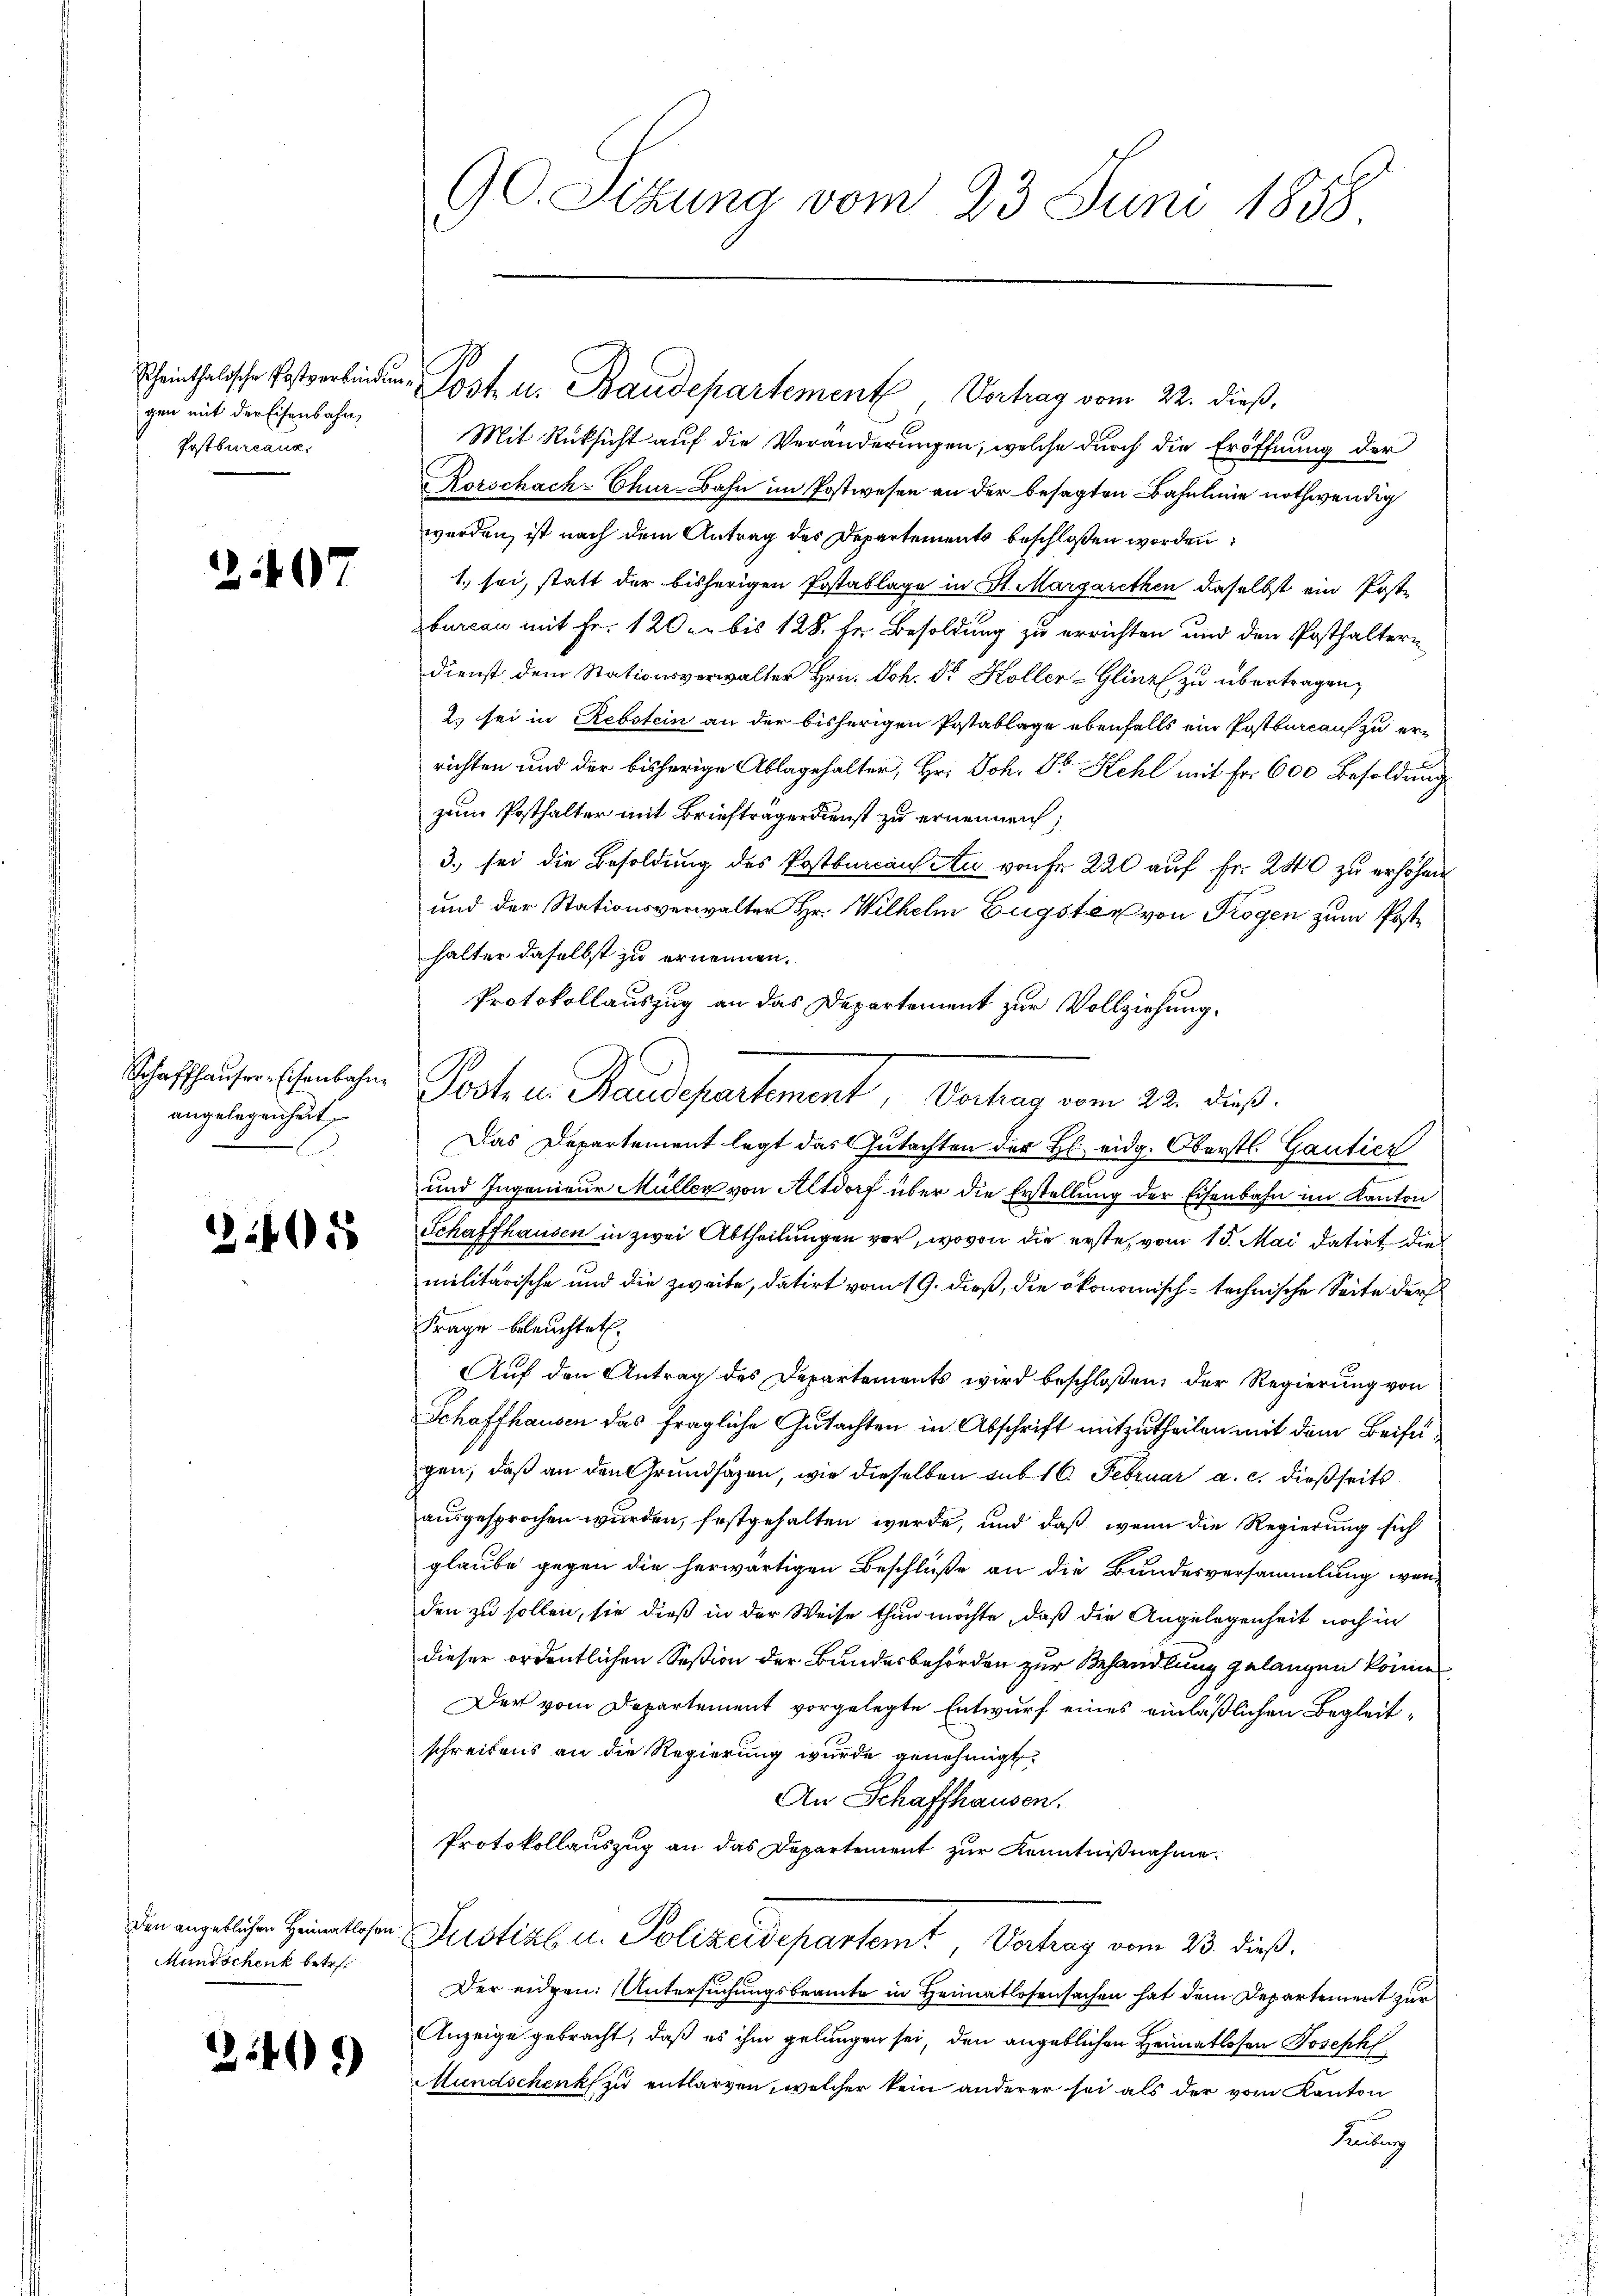
gen mit der Eisenbahn,
Postbureaux,

2407

angelegenheit
x

245

Mundschenk betr.

349

Mit Rücksicht auf die Veränderungen, welche durch die Eröffnung der
Korschach-Chur-Bahn im Postwesen an der besagten Bahnlinie nothwendig
werden, ist nach dem Antrag des Departements beschloßen worden:
1. sei, statt der bisherigen Postablage in St. Margarethen daselbst ein Poste
burcan mit Fr. 120 er bis 128. Fr. Besoldung zu errichten und den Posthaltern
dienst dem Stationsverwalter Hrn. Joh. Dr Koller-Glinz zu übertragen,
2.) sei in Rebstein an der bisherigen Postablage ebenfalls ein Postbureau zu errichten und der bisherige Ablagehalter, Hr. Joh. Fr. Hehl mit Fr. 600 Besoldung
zum Posthalter mit Briefträgerdienst zu ernennen;
3. sei die Besoldung des Postbureaus Au von Fr. 220 auf Fr. 240 zu erhöhen,
und der Stationsverwalter Hr. Wilhelm Eugster von Trogen zum Posthalter daselbst zu ernennen.
Protokollauszug an das Departement zur Vollziehung.
Schaffhauser schenlicher Posts in Baudepartement, Vorhan vom 22. dieß.
Das Departement legt das Gutachten der H. eidg. Oberstl. Gantier
und Ingenieur Müller von Altdorf über die Erstellung der Eisenbahn im Kanton
Schaffhausen in zwei Abtheilungen vor, wovon die erste, vom 15. Mai datirt die
militärische und die zweite, datirt vom 19. dieß, die ökonomisch-technische Seite der
Frage beleuchtet.
Auf den Antrag des Departements wird beschloßen, der Regierung von
Schaffhausen das fragliche Gutachten in Abschrift mitzutheilen mit dem Beifügen, daß an den Grundsäzen, wie dieselben aus 16. Februar a. c. dießseits
ausgesprochen wurden, festgehalten werde, und daß wenn die Regierung sich
glaube gegen die herwärtigen Beschlüße an die Bundesversammlung wenden zu sollen, sie dieß in der Weise thun möchte, daß die Angelegenheit noch in
dieser ordentlichen Seßion der Bundesbehörden zur Behandlung gelangen können.
Der vom Departement vorgelegte Entwurf eines einläßlichen Begleitschreibens an die Regierung wurde genehmigt.
An Schaffhausen.
Protokollauszug an das Departement zur Kenntnißnahme.
den angeblichen Heimatlosen Leistik u. Polizeidepartemt, Vortrag vom 23. dieß.
Der eidgen: Untersuchungsbeamte in Heimatlosensachen hat dem Departement zur
Anzeige gebracht, daß es ihm gelungen sei, den angeblichen Heimatlosen Joseph
Mundschenk zu entlarven, welcher kein anderer sei als der vom Kanton
Kubung

90. Sitzung vom 23. Juni 1858.

scheinthalische Postverbinden Jost u. Baudepartement Vertrag vom 22. dieß,